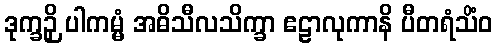
ဒုက္ခဉှိ ပါကမ္မံ အဓိသီလသိက္ခာ ဧဠာလုကာနိ ပီတရံသိံဝ